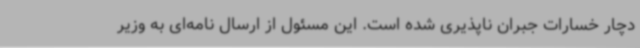
دچار خسارات جبران ناپذیری شده است. این مسئول از ارسال نامه‌ای به وزیر